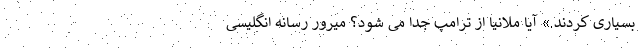
بسیاری کردند.» آیا ملانیا از ترامپ جدا می شود؟ میرور رسانه انگلیسی